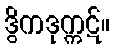
ဒွိကဒုက္ကဋ်။